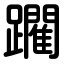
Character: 躙